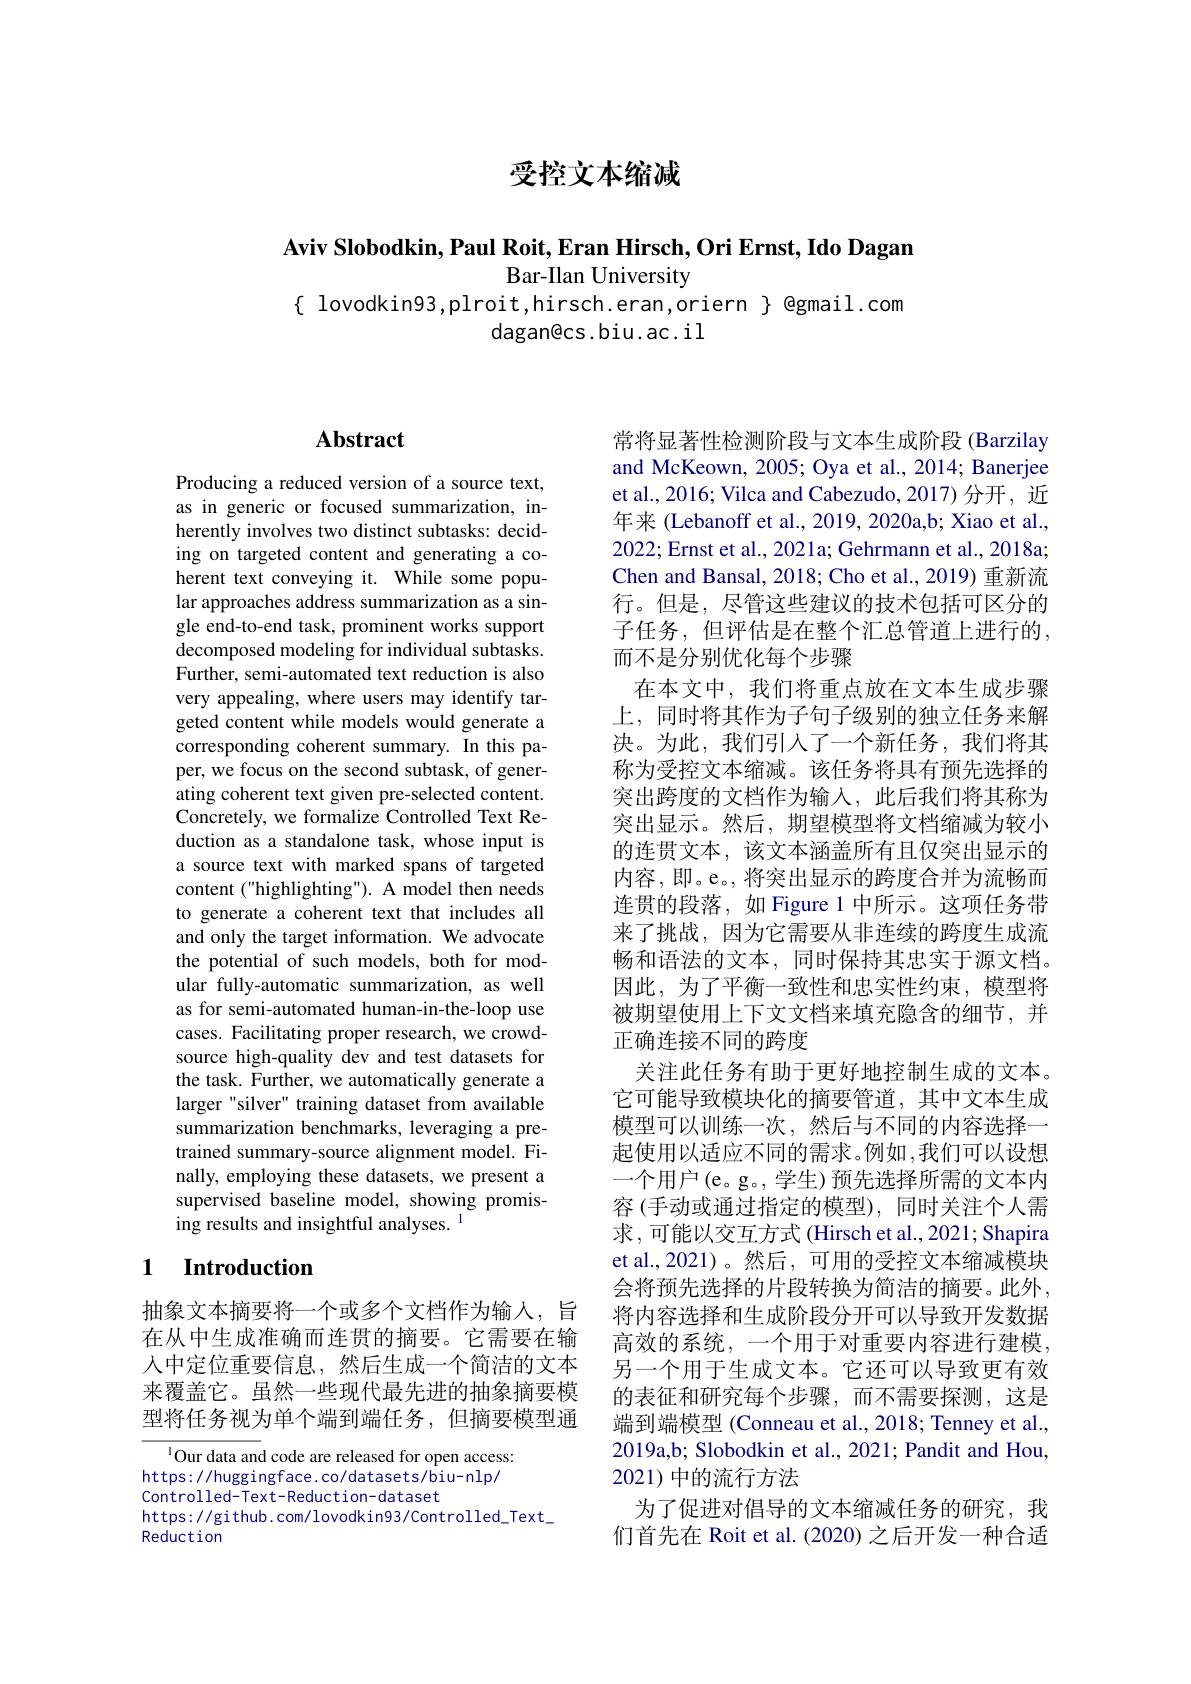
受控文本缩减

Aviv Slobodkin, Paul Roit, Eran Hirsch, Ori Ernst, Ido Dagan
Bar-Ilan University

$\{$ lovodkin93,plroit,hirsch.eran,oriern $\}$ @gmail.com
dagan@cs.biu.ac.il

# Abstract

Producing a reduced version of a source text, as in generic or focused summarization, inherently involves two distinct subtasks: deciding on targeted content and generating a coherent text conveying it. While some popular approaches address summarization as a single end-to-end task, prominent works support decomposed modeling for individual subtasks. Further, semi-automated text reduction is also very appealing, where users may identify targeted content while models would generate a corresponding coherent summary. In this paper, we focus on the second subtask, of generating coherent text given pre-selected content. Concretely, we formalize Controlled Text Reduction as a standalone task, whose input is a source text with marked spans of targeted content ("highlighting"). A model then needs to generate a coherent text that includes all and only the target information. We advocate the potential of such models, both for modular fully-automatic summarization, as well as for semi-automated human-in-the-loop use cases. Facilitating proper research, we crowdsource high-quality dev and test datasets for the task. Further, we automatically generate a larger "silver" training dataset from available summarization benchmarks, leveraging a pretrained summary-source alignment model. Finally, employing these datasets, we present a supervised baseline model, showing promising results and insightful analyses. 1

## 1 $\textbf{Introduction}$

抽象文本摘要将一个或多个文档作为输入，旨在从中生成准确而连贯的摘要。它需要在输人中定位重要信息，然后生成一个简洁的文本来覆盖它。虽然一些现代最先进的抽象摘要模型将任务视为单个端到端任务，但摘要模型通

$^{1}$Our data and code are released for open access: https: / / huggingface. co/ datasets/ biu- n l p/ controlled-Text-Reduction-dataset
https: / / github. com/ lovodkin93/ Controlled\_Text\_
Reduction

常将显著性检测阶段与文本生成阶段 (Barzilay and McKeown, 2005; Oya et al., 2014; Banerjee et al., 2016; Vilca and Cabezudo, 2017) 分开，近年来 (Lebanoff et al., 2019, 2020a,b; Xiao et al., 2022; Ernst et al., 2021a; Gehrmann et al., 2018a; Chen and Bansal, 2018; Cho et al., 2019) 重新流行。但是，尽管这些建议的技术包括可区分的子任务，但评估是在整个汇总管道上进行的， 而不是分别优化每个步骤
在本文中，我们将重点放在文本生成步骤上，同时将其作为子句子级别的独立任务来解决。为此，我们引人了一个新任务，我们将其称为受控文本缩减。该任务将具有预先选择的突出跨度的文档作为输入，此后我们将其称为突出显示。然后，期望模型将文档缩减为较小的连贯文本，该文本涵盖所有且仅突出显示的内容，即。e。,将突出显示的跨度合并为流畅而连贯的段落，如 Figure 1 中所示。这项任务带来了挑战，因为它需要从非连续的跨度生成流畅和语法的文本，同时保持其忠实于源文档。因此，为了平衡一致性和忠实性约束，模型将被期望使用上下文文档来填充隐含的细节，并正确连接不同的跨度
关注此任务有助于更好地控制生成的文本。它可能导致模块化的摘要管道，其中文本生成模型可以训练一次，然后与不同的内容选择一起使用以适应不同的需求。例如，我们可以设想一个用户(e。g。,学生)预先选择所需的文本内容 (手动或通过指定的模型),同时关注个人需求，可能以交互方式 (Hirsch et al., 2021; Shapira et al.,2021)。然后，可用的受控文本缩减模块会将预先选择的片段转换为简洁的摘要。此外， 将内容选择和生成阶段分开可以导致开发数据高效的系统，一个用于对重要内容进行建模。另一个用于生成文本。它还可以导致更有效的表征和研究每个步骤，而不需要探测，这是端到端模型 (Conneau et al.,2018; Tenney et al., 2019a,b; Slobodkin et al., 2021; Pandit and Hou, 2021) 中的流行方法
为了促进对倡导的文本缩减任务的研究，我们首先在 Roit et al. (2020) 之后开发一种合适